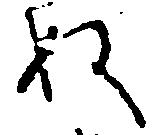
ぬ